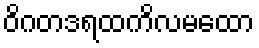
ဝိဂတဒရထကိလမထော